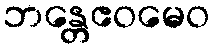
ဘန္တေဧဝမေဝ